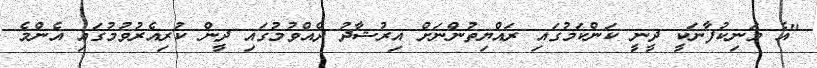
"އެ މަނިކުފާނަކީ ދީނީ ކަންކަމުގައި ރައްޔިތުންނަށް އިރުޝާދު ދެއްވުމުގައި ދީން ކުރިއެރުވުމުގައި އެންމެ